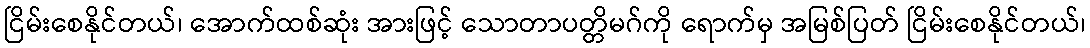
ငြိမ်းစေနိုင်တယ်၊ အောက်ထစ်ဆုံး အားဖြင့် သောတာပတ္တိမဂ်ကို ရောက်မှ အမြစ်ပြတ် ငြိမ်းစေနိုင်တယ်၊